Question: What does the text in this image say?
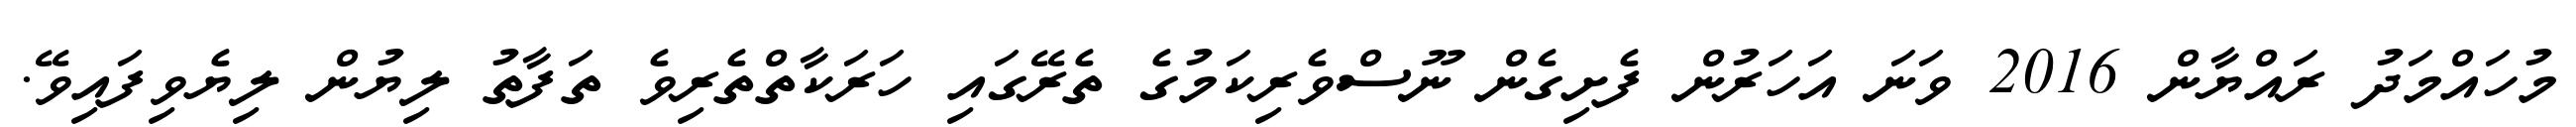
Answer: މުހައްމަދު ރައްޔާން 2016 ވަނަ އަހަރުން ފެށިގެން ނޫސްވެރިކަމުގެ ތެރޭގައި ހަރަކާތްތެރިވެ ތަފާތު ލިޔުން ލިޔެވިފައިވޭ.